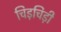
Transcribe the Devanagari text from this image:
चिड़चिड़ी